Report on lock hospitals in British Burma
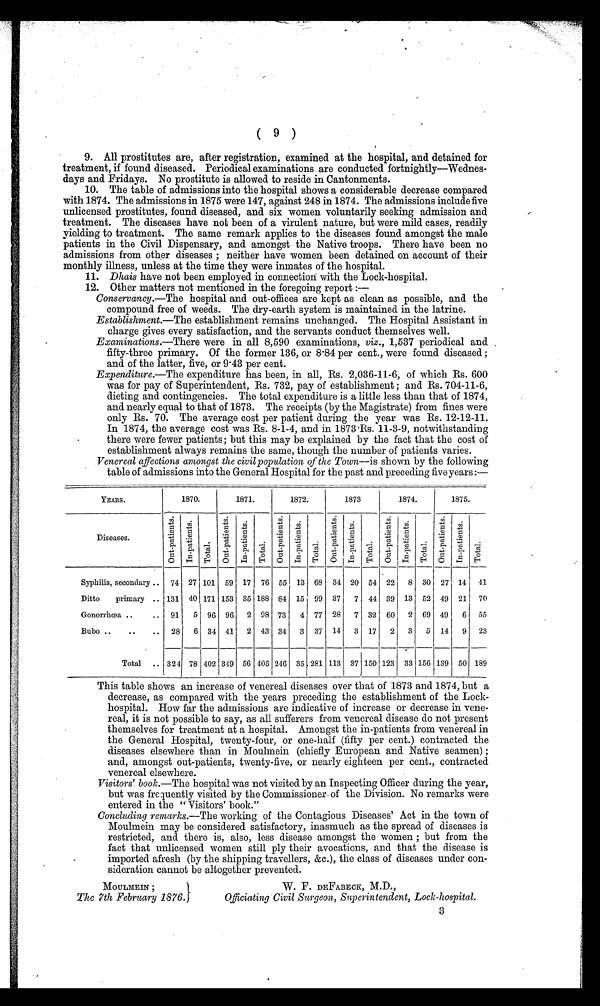
( 9 )
9. All prostitutes are, after registration, examined at the hospital, and detained for
treatment, if found diseased. Periodical examinations are conducted fortnightly—Wednes-
days and Fridays. No prostitute is allowed to reside in Cantonments.
10. The table of admissions into the hospital shows a considerable decrease compared
with 1874. The admissions in 1875 were 147, against 248 in 1874. The admissions include five
unlicensed prostitutes, found diseased, and six women voluntarily seeking admission and
treatment. The diseases have not been of a virulent nature, but were mild cases, readily
yielding to treatment. The same remark applies to the diseases found amongst the male
patients in the Civil Dispensary, and amongst the Native troops. There have been no
admissions from other diseases ; neither have women been detained on account of their
monthly illness, unless at the time they were inmates of the hospital.
11. Dhais have not been employed in connection with the Lock-hospital.
12. Other matters not mentioned in the foregoing report :
—
Conservancy.—The hospital and out-offices are kept as clean as possible, and the
compound free of weeds. The dry-earth system is maintained in the latrine.
Establishment.—The establishment remains unchanged. The Hospital Assistant in
charge gives every satisfaction, and the servants conduct themselves well.
Examinations.—There were in all 8,590 examinations, viz., 1,537 periodical and
fifty-three primary. Of the former 136, or 8.84 per cent., were found diseased ;
and of the latter, five, or 9.43 per cent.
Expenditure.—The expenditure has been, in all, Rs. 2,036-11-6, of which Rs. 600
was for pay of Superintendent, Rs. 732, pay of establishment ; and Rs. 704-11-6,
dieting and contingencies. The total expenditure is a little less than that of 1874,
and nearly equal to that of 1873. The receipts (by the Magistrate) from fines were
only Rs. 70. The average cost per patient during the year was Rs. 12-12-11.
In 1874, the average cost was Rs. 8-1-4, and in 1873 .Rs. 11-3-9, notwithstanding
there were fewer patients; but this may be explained by the fact that the cost of
establishment always remains the same, though the number of patients varies.
Venereal affections amongst the civil population of the Town—is shown by the following
table of admissions into the General Hospital for the past and preceding five years:—
YEARS.
1870.
1871.
1872.
1873
1874.
1875.
Diseases.
o u t - p a t i e n t s .
I n - p a t i e n t s . Total
o u t - p a t i e n t s . +
I n - p a t i e n t s .
.
T o t a l o u t - p a t i e n t s .
I n - p a t i e n t s .
'
Total
o u t - p a t i e n t s .
I n - p a t i e n t s .
Total
out -pat i ent s
I n - p a t i e n t s .
Total
o u t - p a t i e n t s I n - p a t i e n t s . 1
'
Total
Syphilis, secondary ..
74 27 101 59 17 76 55 13 68
34 20 54 22
8 30 27 14
41
Ditto
primary .. 131 40 171
I
153 35 188 84 15 99 37
7 44 39 13 52 49 21
70
Gonorrhoea ..
..
91
5 96 96
2 98 73
4 77
28
7 32 60
2 69 49
6
55
Bubo ..
..
..
28
6 34 41
2 43 34
3
37 14
3 17
2
3
5 14
9
23
Total
.. 324 78 402 349 56 405 246 35 281 113 37 150 123 33 156 139 50 189
This table shows an increase of venereal diseases over that of 1873 and 1874, but a
decrease, as compared with the years preceding the establishment of the Lock-
hospital. How far the admissions are indicative of increase or decrease in vene-
real, it is not possible to say, as all sufferers from venereal disease do not present
themselves for treatment at a hospital. Amongst the in-patients from venereal in
the General Hospital, twenty-four, or one-half (fifty per cent.) contracted the
diseases elsewhere than in Moulmein (chiefly European and Native seamen) ;
and, amongst out-patients, twenty-five, or nearly eighteen per cent., contracted
venereal elsewhere.
Visitors' book.—The hospital was not visited by an Inspecting Officer during the year,
but was frequently visited by the Commissioner. of the Division. No remarks were
entered in the " Visitors' book."
Concluding remarks.—The working of the Contagious Diseases' Act in the town of
Moulmein may be considered satisfactory, inasmuch as the spread of diseases is
restricted, and there is, also, less disease amongst the women ; but from the
fact that unlicensed women still ply their avocations, and that the disease is
imported afresh (by the shipping travellers, &c.), the class of diseases under con-
sideration cannot be altogether prevented.
MOULMEIN ;
The 7th February 1876.
W. F. DEFABECK, M.D.,
Officiating Civil Surgeon, Superintendent, Lock-hospital.